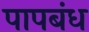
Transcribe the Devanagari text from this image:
पापबंध